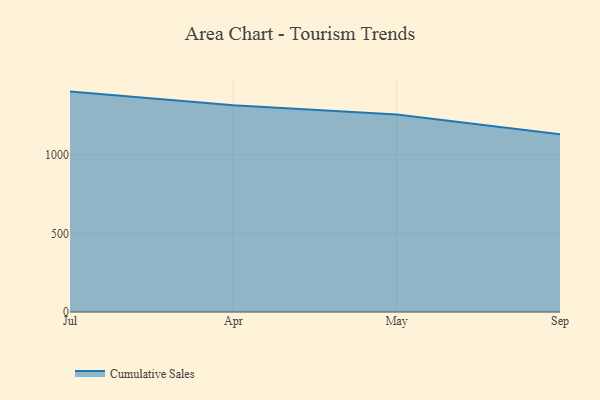
{"axis": {"x": "Month", "y": "Headcount"}, "legend": ["Cumulative Sales"], "data": [{"x": "Jul", "y": 1401.8, "type": "Cumulative Sales"}, {"x": "Apr", "y": 1315.3, "type": "Cumulative Sales"}, {"x": "May", "y": 1256.4, "type": "Cumulative Sales"}, {"x": "Sep", "y": 1130.9, "type": "Cumulative Sales"}]}